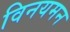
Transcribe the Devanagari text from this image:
विनयमन